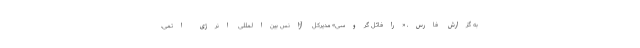
به گزارش فارس، «رافائل گروسی» مدیرکل آژانس بین‌المللی انرژی اتمی،